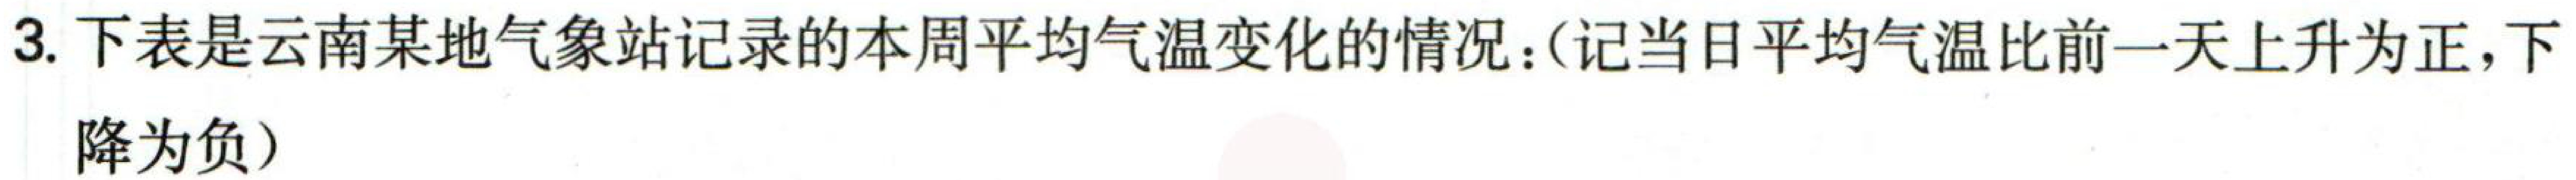
3. 下表是云南某地气象站记录的本周平均气温变化的情况：（记当日平均气温比前一天上升为正，下
降为负）